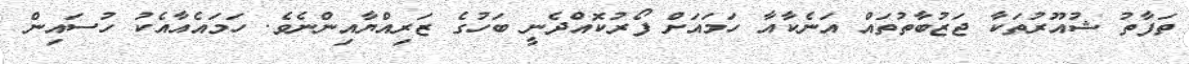
ތަފާތު ޝުއޫރުތަކާ ޖަޒުބާތުތައް އަނެކާއާ ހަމައަށް ފޯރުކޮއްދެނީ ބަހުގެ ޒަރިއްޔާއިންނެވެ. ހަމައެއާއެކު ހުސައިން